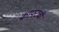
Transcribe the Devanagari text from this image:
क्राफ्टची